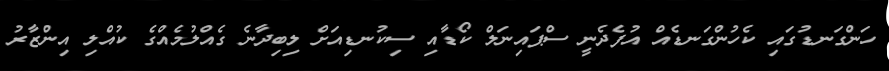
ހަންގަނޑުގައި ކެހުންގަނޑެއް އުފެދެނީ ސްޕައިނަލް ކޯޑާއި ސިކުނޑިއަށް ލިބިދާނެ ގެއްލުމެއްގެ ކުއްލި އިންޒާރު